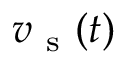
v _ { \mathrm { ~ s ~ } } ( t )